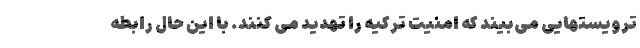
ترویستهایی می‌بیند که امنیت ترکیه را تهدید می کنند. با این حال رابطه